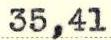
35,41